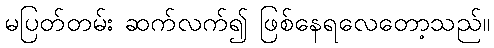
မပြတ်တမ်း ဆက်လက်၍ ဖြစ်နေရလေတော့သည်။